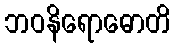
ဘဝနိရောဓောတိ